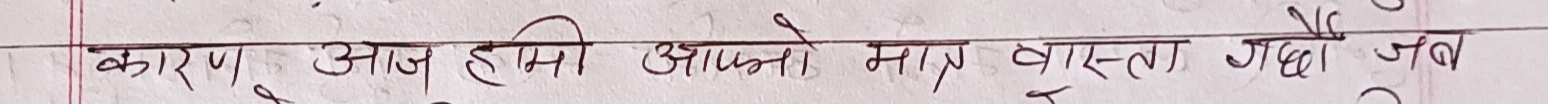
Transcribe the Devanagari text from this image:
कारण आज हामी आफ्नो मात्र व्यस्तता गछौं जब